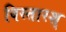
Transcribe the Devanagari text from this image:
विस्तारश्